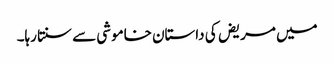
میں مریض کی داستان خاموشی سے سنتا رہا۔